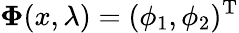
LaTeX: \mathbf{\Phi}(x,\lambda)=(\phi_{1},\phi_{2})^{\mathrm{T}}